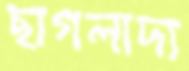
ছাগলাদ্য